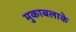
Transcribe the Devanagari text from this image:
मुकाबलाके